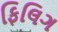
ફિલિગ